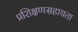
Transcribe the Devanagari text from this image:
प्रशिक्षणसहायता